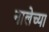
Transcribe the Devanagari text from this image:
नालेच्या